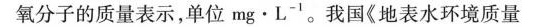
氧分子的质量表示，单位mg\cdot L^{-1}。我国《地表水环境质量